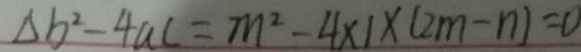
\Delta b ^ { 2 } - 4 a c = m ^ { 2 } - 4 \times 1 \times ( 2 m - n ) = 0